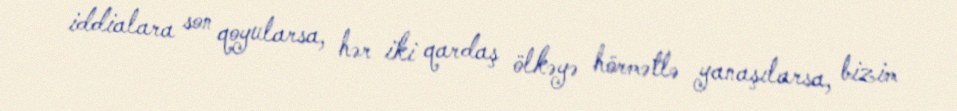
iddialara son qoyularsa, hər iki qardaş ölkəyə hörmətlə yanaşılarsa, bizim